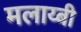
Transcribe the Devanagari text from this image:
मलाय्बी